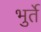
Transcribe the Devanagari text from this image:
भुर्ते